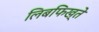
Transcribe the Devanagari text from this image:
लिबफिख्ते